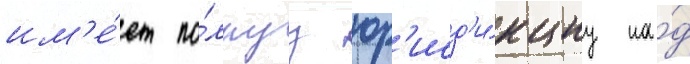
им'е́ет по́лнуу юр'исд'и́кциу на́д